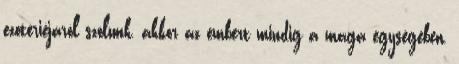
ezotériéjáról szólunk, akkor az embert mindig a maga egységében,